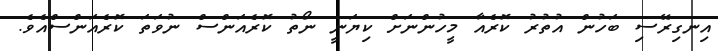
އިނގިރޭސި ބަހުން އުތުރު ކޮރެއާ މީހުންނަށް ކިޔަނީ ނޯތު ކޮރެއަންސް ނުވަތަ ކޮރެއަންސްއެވެ.